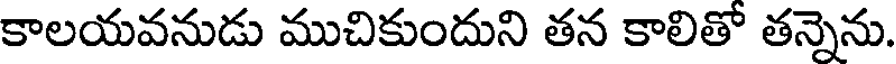
కాలయవనుడు ముచికుందుని తన కాలితో తన్నెను.